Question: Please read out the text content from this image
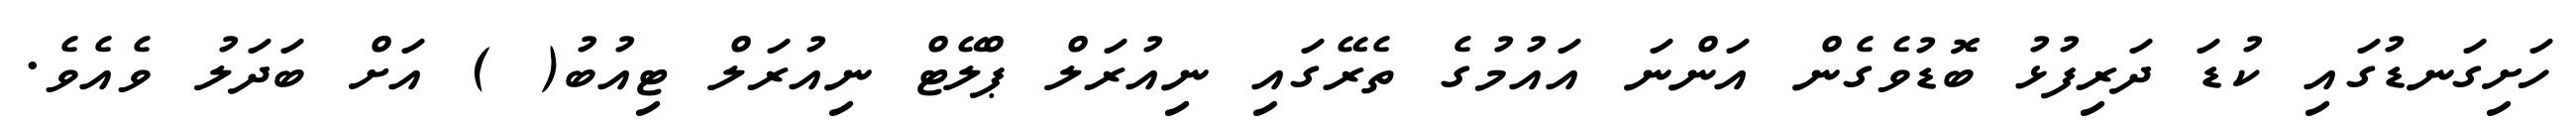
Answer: ހަށިގަނޑުގައި ކުޑަ ދަރިފުޅު ބޮޑުވެގެން އަންނަ އައުމުގެ ތެރޭގައި ނިއުރަލް ޕްލޭޓް ނިއުރަލް ޓިއުބު( ) އަށް ބަދަލު ވެއެވެ.